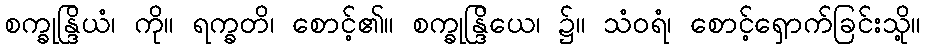
စက္ခုန္ဒြိယံ၊ ကို။ ရက္ခတိ၊ စောင့်၏။ စက္ခုန္ဒြိယေ၊ ၌။ သံဝရံ၊ စောင့်ရှောက်ခြင်းသို့။